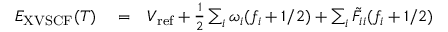
\begin{array} { r l r } { E _ { \mathrm { X V S C F } } ( T ) } & { { } = } & { V _ { \mathrm { r e f } } + \frac { 1 } { 2 } \sum _ { i } \omega _ { i } ( f _ { i } + 1 / 2 ) + \sum _ { i } \tilde { F } _ { i i } ( f _ { i } + 1 / 2 ) } \end{array}